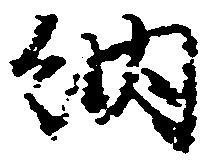
納